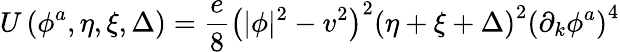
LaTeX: U\left(\phi^{a},\eta,\xi,\Delta\right)=\frac{e}{8}\left(|\phi|^{2}-v^{2}\right)^{2}\left(\eta+\xi+\Delta\right)^{2}\left(\partial_{k}\phi^{a}\right)^{4}